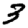
Digit: 3